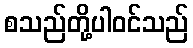
စသည်တို့ပါဝင်သည်